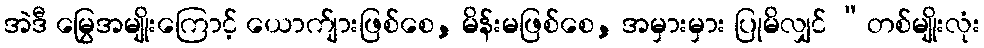
အဲဒီ မြွေအမျိုးကြောင့် ယောက်ျားဖြစ်စေ, မိန်းမဖြစ်စေ, အမှားမှား ပြုမိလျှင် “တစ်မျိုးလုံး